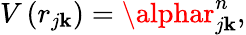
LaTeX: V\left(r_{j\mathbf{k}}\right)=\alphar_{j\mathbf{k}}^{n},